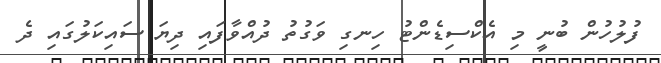
ފުލުހުން ބުނީ މި އެކްސިޑެންޓު ހިނގި ވަގުތު ދުއްވާފައި ދިޔަ ސައިކަލުގައި ދެ